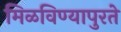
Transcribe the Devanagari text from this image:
मिळविण्यापुरते